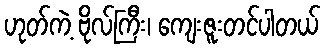
ဟုတ်ကဲ့ ဗိုလ်ကြီး၊ ကျေးဇူးတင်ပါတယ်